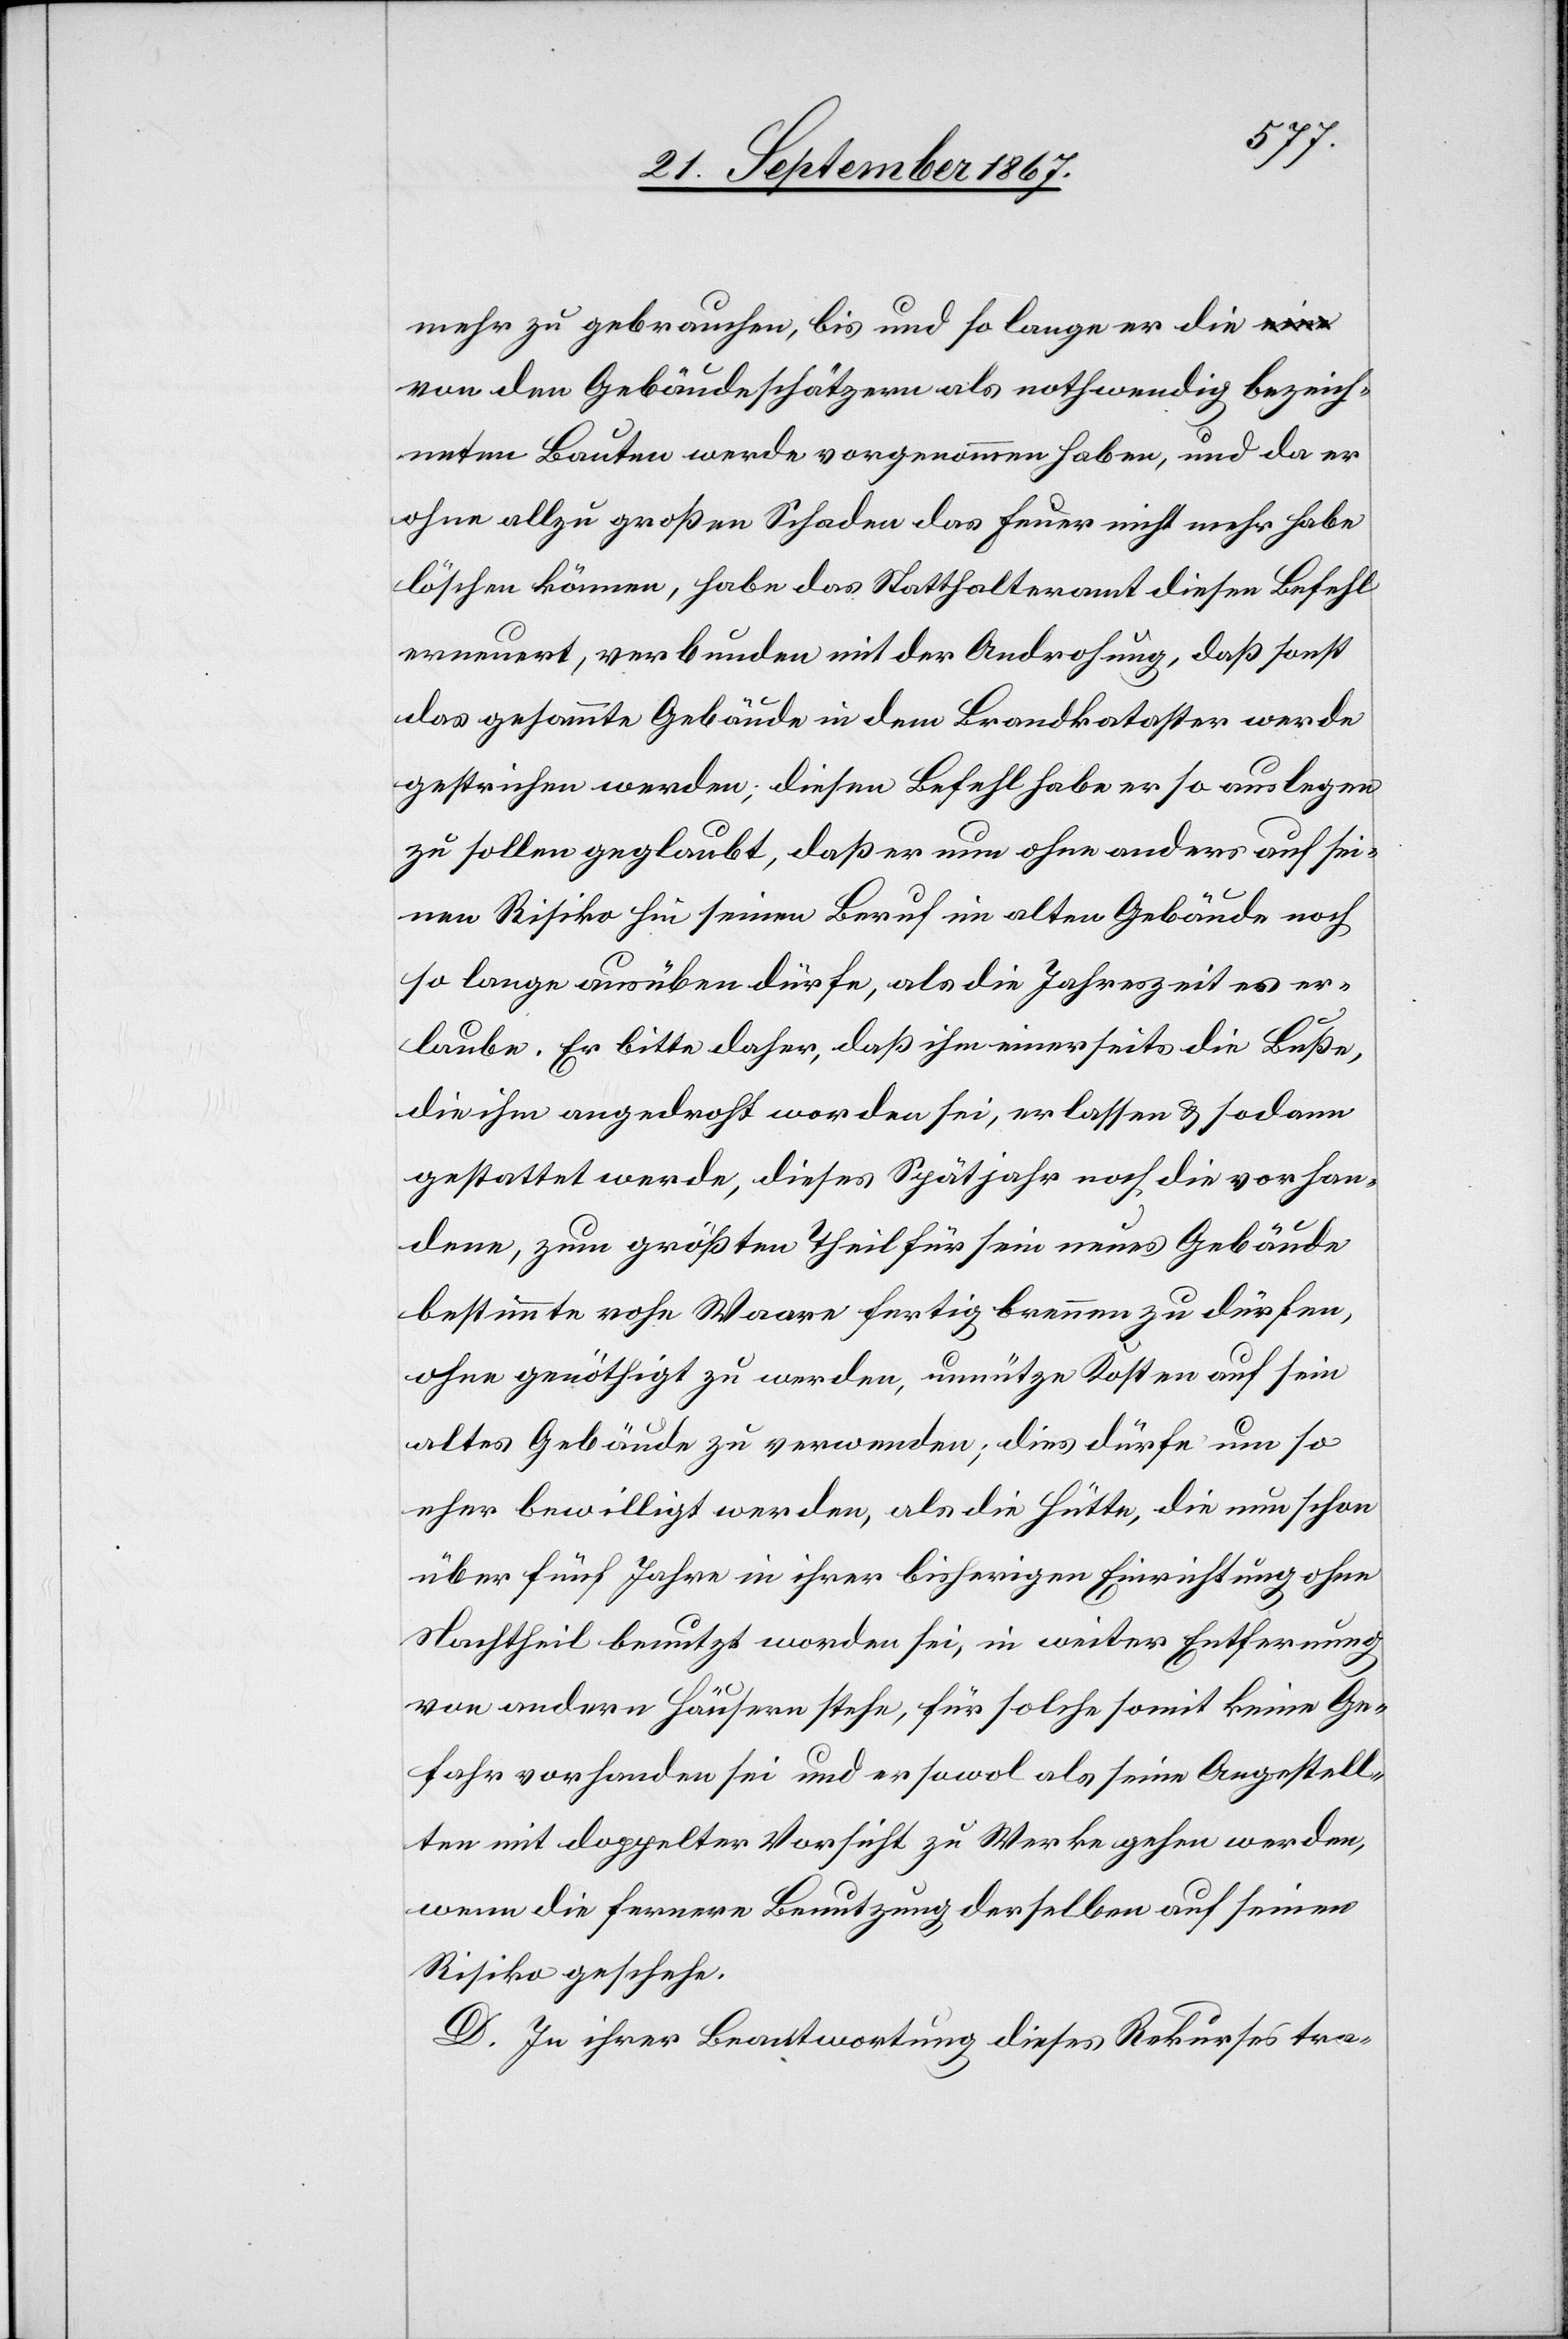
mehr zu gebrauchen, bis und so lange er die
von den Gebäudeschätzern als nothwendig bezeich¬
neten Bauten werde vorgenommen haben, und da er
ohne allzu großen Schaden das Feuer nicht mehr habe
löschen können, habe das Statthalteramt diesen Befehl
erneuert, verbunden mit der Androhung, daß sonst
das gesammte Gebäude in dem Brandkataster werde
gestrichen werden, diesen Befehl habe er so auslegen
zu sollen geglaubt, daß er nun ohne anders auf sei¬
nen Risiko hin seinen Beruf im alten Gebäude noch
so lange ausüben dürfe, als die Jahreszeit es er¬
laube. Er bitte daher, daß ihm einerseits die Buße,
die ihm angedroht worden sei, erlassen u. sodann
gestattet werde, dieses Spätjahr noch die vorhan¬
dene, zum größten Theil für sein neues Gebäude
bestimmte rohe Waare fertig brennen zu dürfen,
ohne genöthigt zu werden unnütze Kosten auf sein
altes Gebäude zu verwenden; dies dürfe um so
eher bewilligt werden, als die Hütte, die nun schon
über fünf Jahr in ihrer bisherigen Einrichtung ohne
Nachtheil benutzt worden sei, in weiter Entfernung
von andern Häusern stehe, für solche somit keine Ge¬
fahr vorhanden sei und er sowol als seine Angestell¬
ten mit doppelter Vorsicht zu Werke gehen werden,
wenn die fernere Benutzung derselben auf seinen
Risiko geschehe.
D. In ihrer Beantwortung diese Rekurses tra-